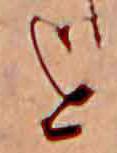
を